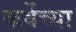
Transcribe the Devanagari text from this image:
कर्वेच्या